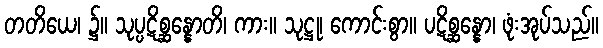
တတိယေ၊ ၌။ သုပ္ပဋိစ္ဆန္နောတိ၊ ကား။ သုဋ္ဌု၊ ကောင်းစွာ။ ပဋိစ္ဆန္နော၊ ဖုံးအုပ်သည်။